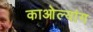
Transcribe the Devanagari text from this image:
काओल्यांग